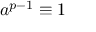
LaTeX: a ^ { p - 1 } \equiv 1